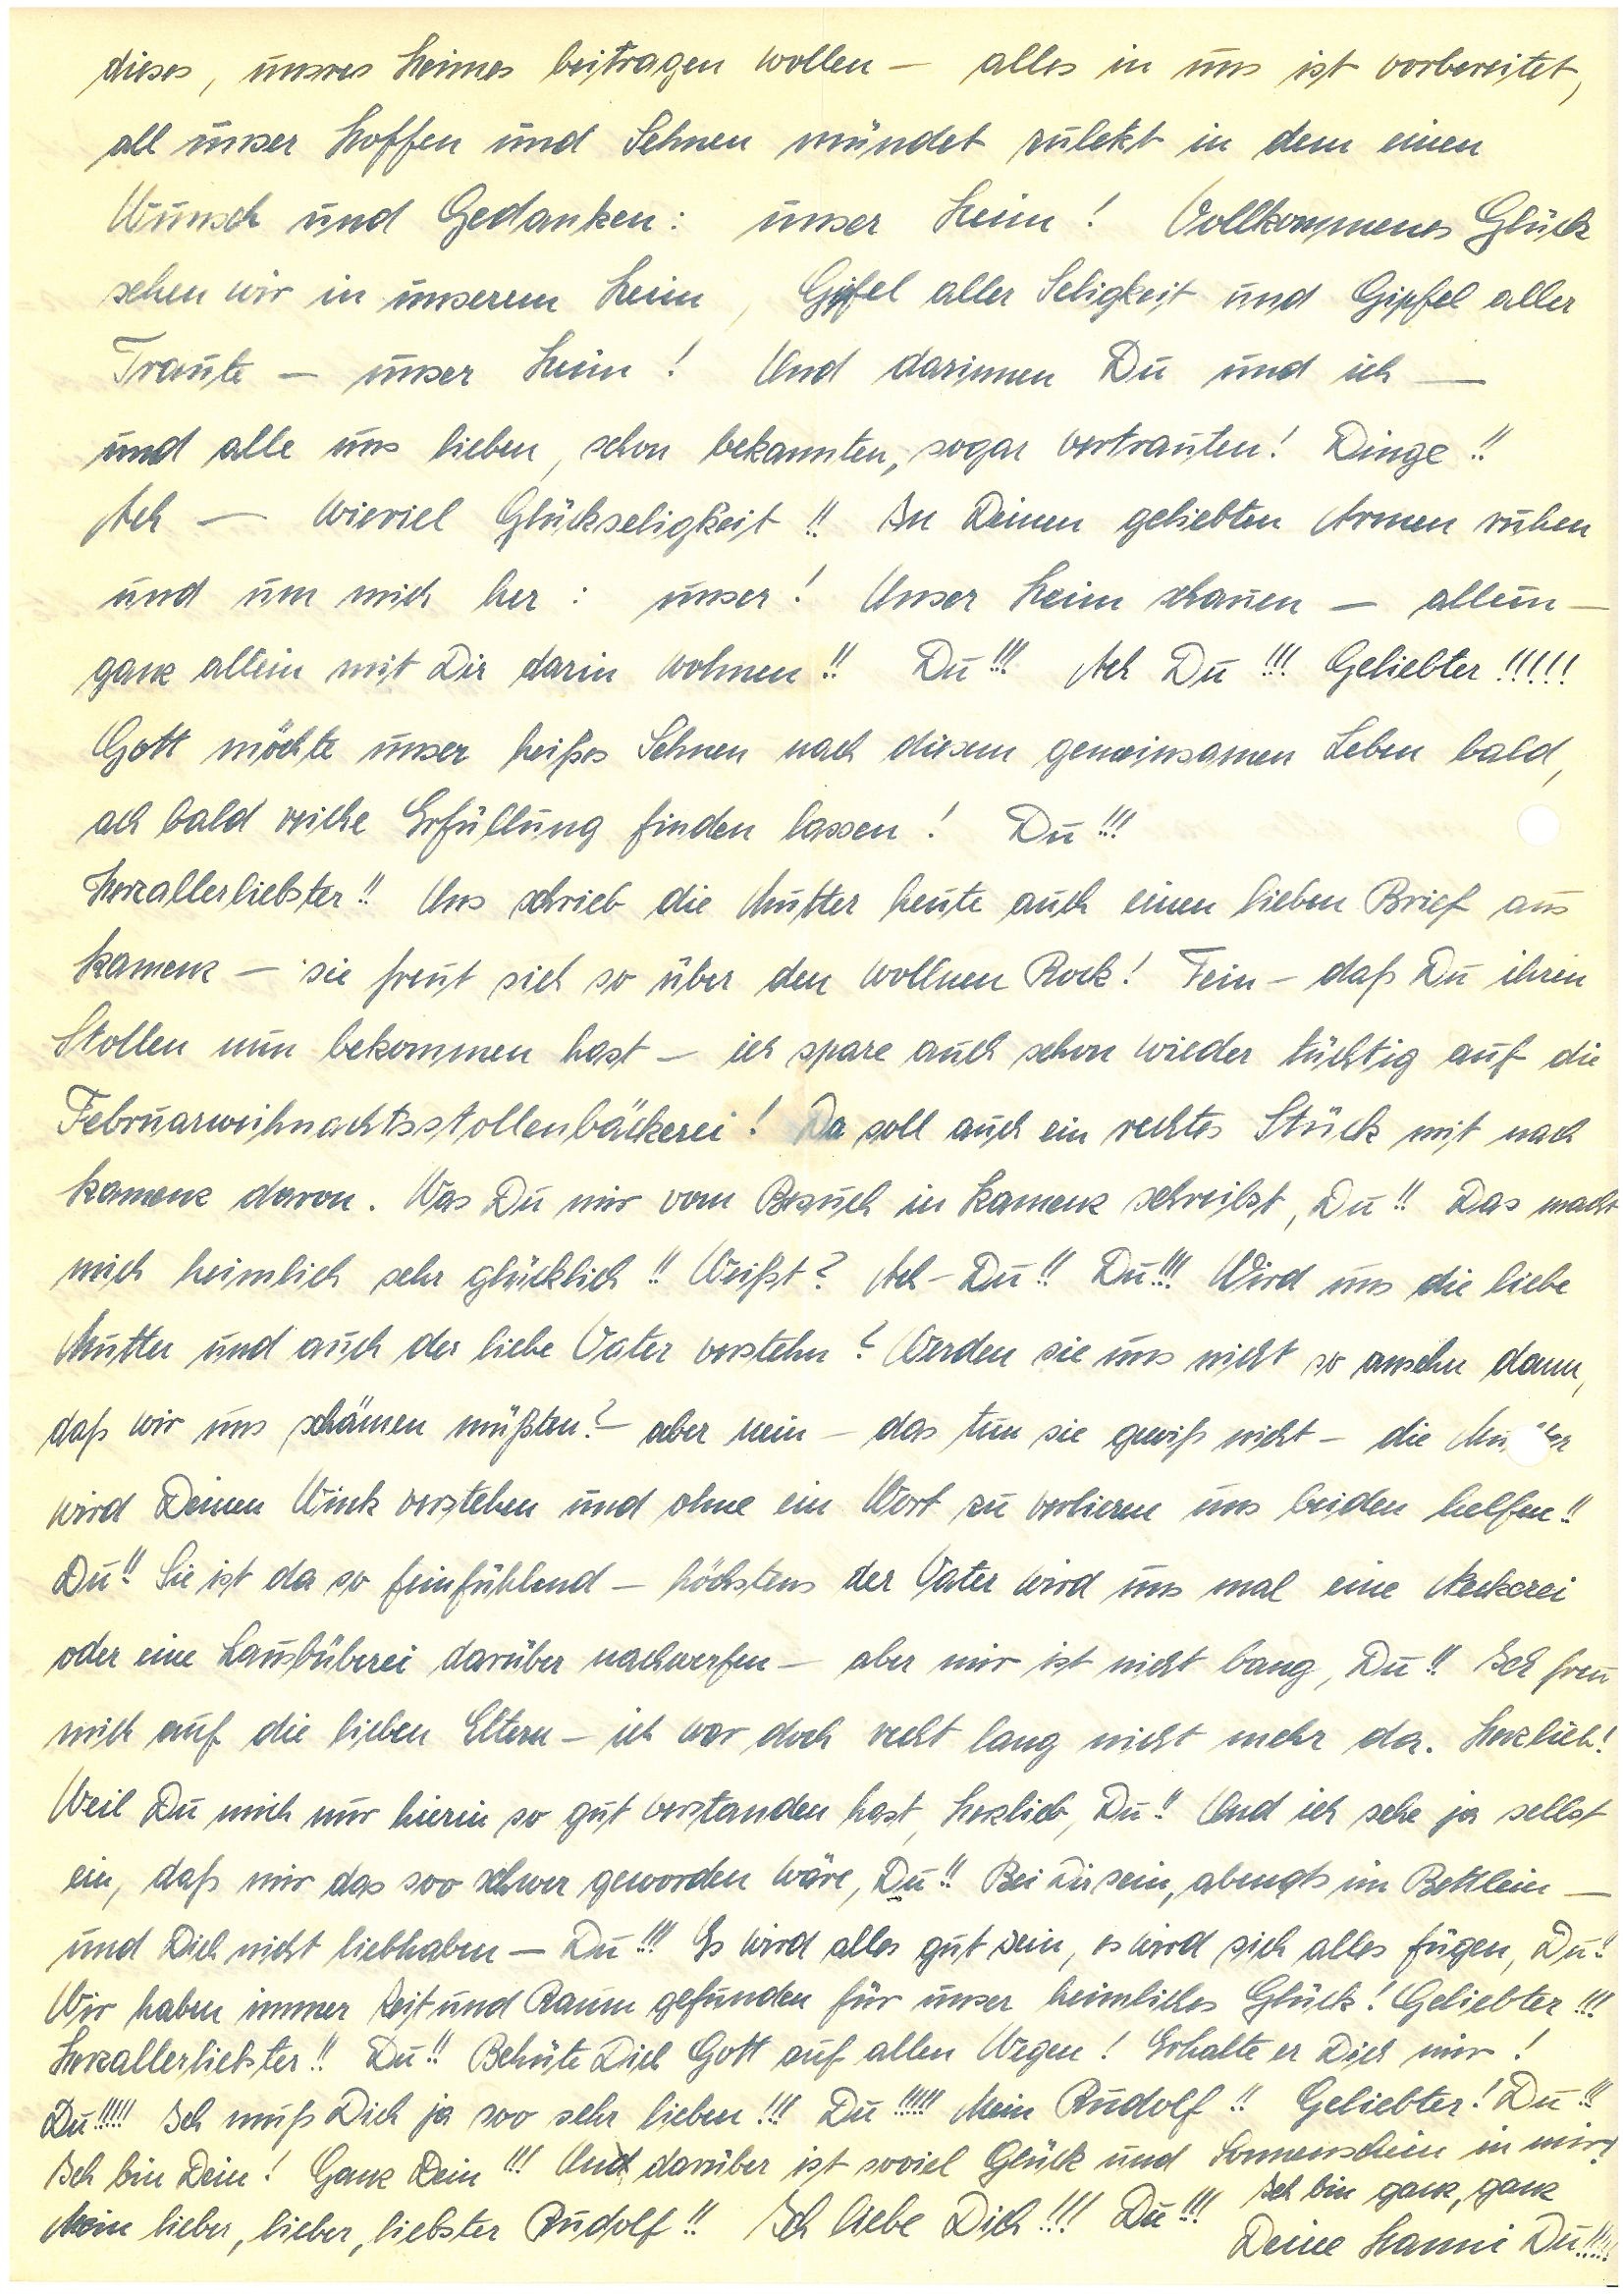
dieses, unsres Heimes beitragen wollen – alles in uns ist vorbereitet,
all unser Hoffen und Sehnen mündet zuletzt in dem einen
Wunsch und Gedanken: unser Heim! Vollkommenes Glück
sehen wir in unserem Heim, Gipfel aller Seligkeit und Gipfel aller
Traute – unser Heim! Und darinnen Du und ich –
und alle uns lieben, schon bekannten, sogar vertrauten! Dinge!!
Ach – wieviel Glückseligkeit!! In Deinen geliebten Armen ruhen
und um mich her: unser! Unser Heim schauen – allein –
ganz allein mit Dir darin wohnen!! Du!!! Ach Du!!! Geliebter!!!!!
Gott möchte unser heißes Sehnen nach diesem gemeinsamen Leben bald,
ach bald reiche Erfüllung finden lassen! Du!!!
Herzallerliebster!! Uns schrieb die Mutter heute auch einen lieben Brief aus
K. – sie freut sich so über den wollnen Rock! Fein – daß Du ihren
Stollen nun bekommen hast – ich spare auch schon wieder tüchtig auf die
Februarweihnachtsstollenbäckerei! Da soll auch ein rechtes Stück mit nach
K. davon. Was Du mir vom Besuch in K. schreibst, Du!! Das macht
mich heimlich sehr glücklich!! Weißt? Ach – Du!! Du!!! Wird uns die liebe
Mutter und auch der liebe Vater verstehn? Werden sie uns nicht so ansehn dann,
daß wir uns schämen müßten? – aber nein – das tun sie gewiß nicht – die Muer
wird Deinen Wink verstehen und ohne ein Wort zu verlieren uns beiden helfen!!
Du!! Sie ist da so feinfühlend – höchstens der Vater wird uns mal eine Neckerei
oder eine Lausbüberei darüber nachwerfen – aber mir ist nicht bang, Du!! Ich freu
mich auf die lieben Eltern – ich war doch recht lang nicht mehr da. Herzlieb!
Weil Du mich nur hierin so gut verstanden hast, Herzlieb, Du!! Und ich sehe ja selbst
ein, daß mir das soo schwer geworden wäre, Du!! Bei Dir sein, abends im Bettlein –
und Dich nicht liebhaben – Du!!! Es wird alles gut sein, es wird sich alles fügen, Du!!
Wir haben immer Zeit und Raum gefunden für unser heimliches Glück! Geliebter!!!
Herzallerliebster!! Du!! Behüte Dich Gott auf allen Wegen! Erhalte er Dich mir!
Du!!! Ich muß Dich ja soo sehr lieben!!! Du!!!!! Mein!! Geliebter! Du!!
Ich bin Dein! Ganz Dein!!! Und darüber ist so viel Glück und Sonnenschein in mir!
Mein lieber, lieber, liebster!! Ich liebe Dich!!! Du!!! Ich bin ganz, ganz
Deine Du!!!!!